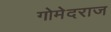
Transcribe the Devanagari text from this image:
गोमेदराज